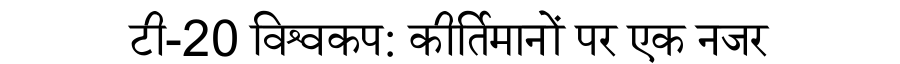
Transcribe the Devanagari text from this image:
टी-20 विश्वकप: कीर्तिमानों पर एक नजर